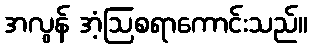
အလွန် အံ့ဩစရာကောင်းသည်။